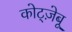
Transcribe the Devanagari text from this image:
कोट्ज़ेबू